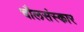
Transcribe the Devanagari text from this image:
चौलसंस्कार